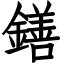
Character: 鐥